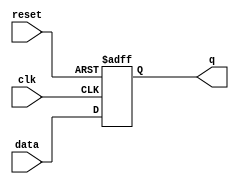
module flip_flop (
    input wire data,
    input wire clk,
    input wire reset,
    output reg q
);

// flip-flop state
always @(posedge clk or posedge reset)
begin
    if (reset)
        q <= 1'b0;
    else
        q <= data;
end

endmodule